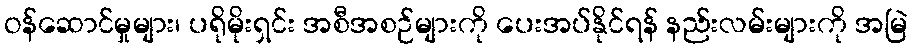
ဝန်ဆောင်မှုများ၊ ပရိုမိုးရှင်း အစီအစဉ်များကို ပေးအပ်နိုင်ရန် နည်းလမ်းများကို အမြဲ